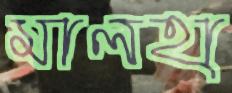
মালহা